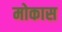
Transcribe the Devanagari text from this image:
मोकास